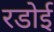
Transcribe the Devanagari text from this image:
रडोई